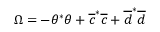
\Omega = - \theta ^ { * } \theta + \overline { { c } } ^ { * } \overline { { c } } + \overline { { d } } ^ { * } \overline { { d } }